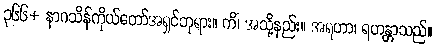
၃၆၆+ နာဂသိန်ကိုယ်တော်အရှင်ဘုရား။ ကိံ၊ အသို့နည်း။ အရဟာ၊ ရဟန္တာသည်။